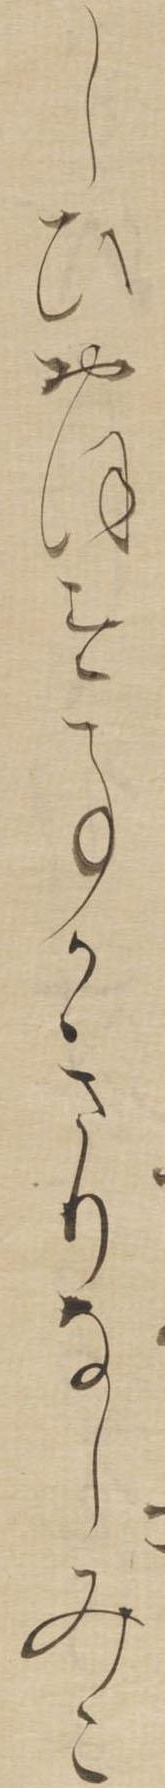
しひおほす事かきりなしみこ